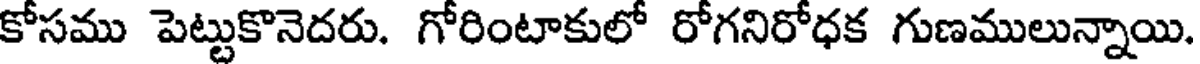
కోసము పెట్టుకొనెదరు. గోరింటాకులో రోగనిరోధక గుణములున్నాయి.